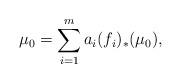
LaTeX: \begin{align*} \mu_0 = \sum_{i=1}^m a_i (f_i)_*(\mu_0), \end{align*}